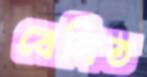
বেলিত